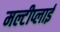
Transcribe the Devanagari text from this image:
मल्टीप्लाई